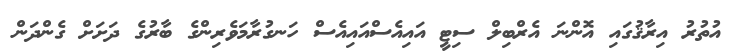
އުތުރު އިރާޤުގައި އޮންނަ އެރްބިލް ސިޓީ އައިއެސްއައިއެސް ހަނގުރާމަވެރިންގެ ބާރުގެ ދަށަށް ގެންދަން